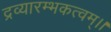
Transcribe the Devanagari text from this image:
द्रव्यारम्भकत्वम्।।